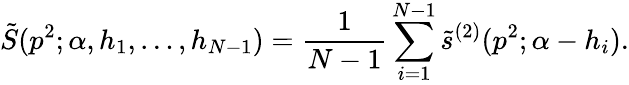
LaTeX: \tilde{S}(p^{2};\alpha,h_{1},\ldots,h_{N-1})={\frac{1}{N-1}}\sum_{i=1}^{N-1}\tilde{s}^{(2)}(p^{2};\alpha-h_{i}).